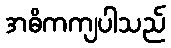
အဓိကကျပါသည်